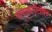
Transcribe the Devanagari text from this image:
रामनवमीनंतर